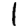
Digit: 1